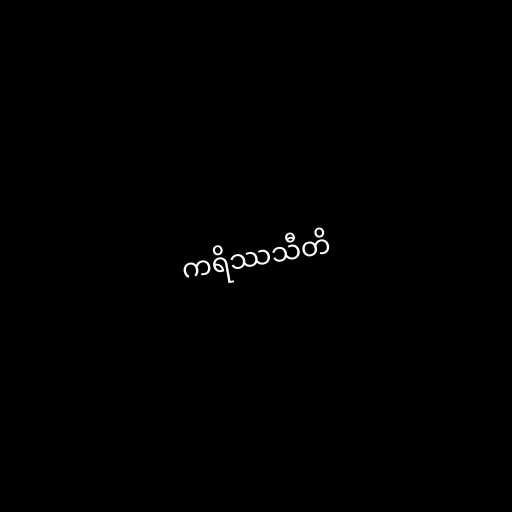
ကရိဿသီတိ